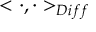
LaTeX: < \cdot , \cdot > _ { D i f f }